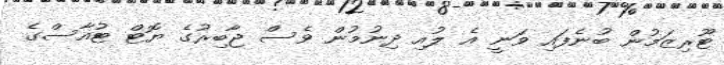
ޓޫރިޒަމުން ބުނެފައި ވަނީ އެ ލުއި ދިނުމުން ވެސް ޖާބިރުގެ ޔޮޓް ޓުއާސްގެ